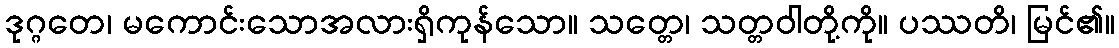
ဒုဂ္ဂတေ၊ မကောင်းသောအလားရှိကုန်သော။ သတ္တေ၊ သတ္တဝါတို့ကို။ ပဿတိ၊ မြင်၏။